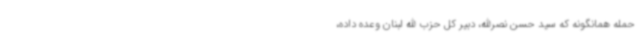
حمله همانگونه که سید حسن نصرالله، دبیر کل حزب الله لبنان وعده داده،